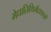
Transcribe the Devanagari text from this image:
मेधातिथिर्महाप्राज्ञो